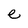
Character: e